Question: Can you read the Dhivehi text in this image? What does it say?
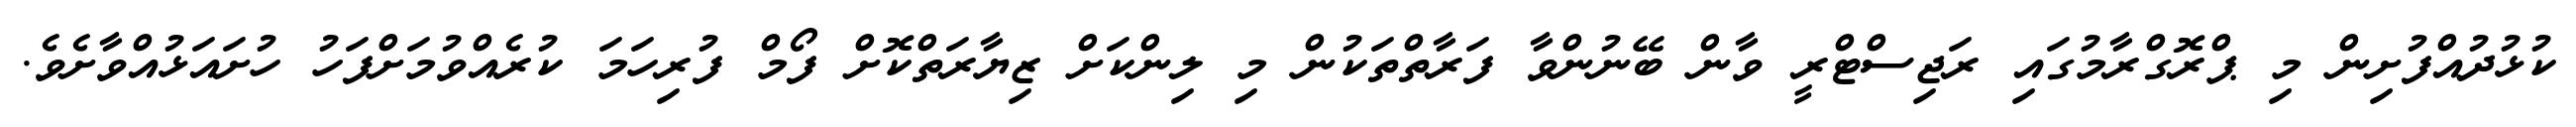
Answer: ކުޅުދުއްފުށިން މި ޕްރޮގްރާމުގައި ރަޖިސްޓްރީ ވާން ބޭނުންވާ ފަރާތްތަކުން މި ލިންކަށް ޒިޔާރަތްކޮށް ފޯމް ފުރިހަމަ ކުރެއްވުމަށްފަހު ހުށައަޅުއްވާށެވެ.